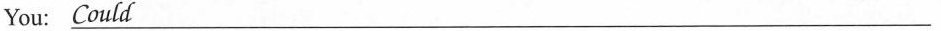
You;\underline{Could}